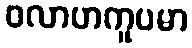
ဝလာဟကူပမာ